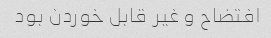
افتضاح و غیر قابل خوردن بود